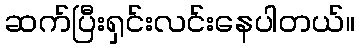
ဆက်ပြီးရှင်းလင်းနေပါတယ်။